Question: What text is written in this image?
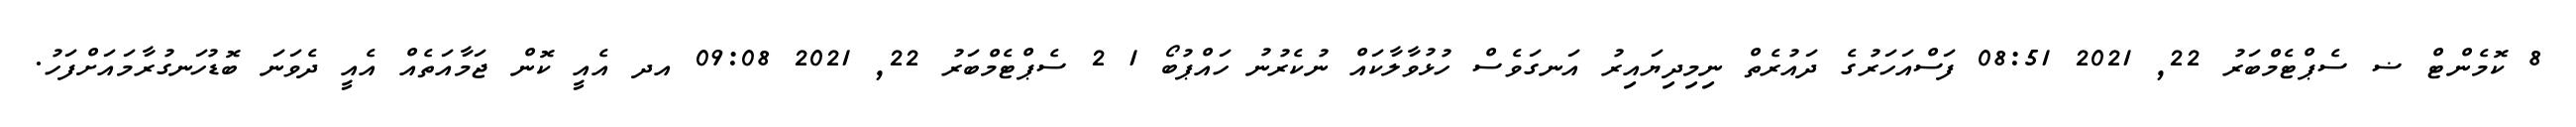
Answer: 8 ކޮމެންޓް ޟ ސެޕްޓެމްބަރު 22, 2021 08:51 ފަސްއަހަރުގެ ދައުރެތް ނިމިދިޔައިރު އަނގަވެސް ހުޅުވާލާކައް ނުކެރުނު ހައްޕުބޯ 1 2 ސެޕްޓެމްބަރު 22, 2021 09:08 އދ އެއީ ކޮން ޖަމާއަތެއް އެއީ ދެވަނަ ބޮޑުހަނގުރާމައަށްފަހު.